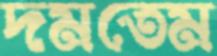
দমতেম